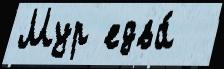
Мур едва́